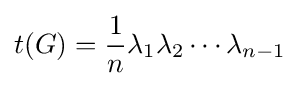
t(G)={\frac {1}{n}}\lambda _{1}\lambda _{2}\cdots \lambda _{n-1}